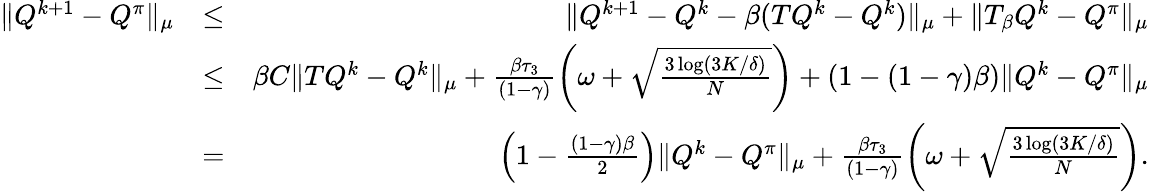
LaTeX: \begin{array}{rlr}{\| Q^{k+1}-Q^{\pi}\| _{\mu}}&{\leq}&{\| Q^{k+1}-Q^{k}-\beta(TQ^{k}-Q^{k})\| _{\mu}+\| T_{\beta}Q^{k}-Q^{\pi}\| _{\mu}}\\ &{\leq}&{\beta C\| TQ^{k}-Q^{k}\| _{\mu}+\frac{\beta\tau_{3}}{(1-\gamma)}\left(\omega+\sqrt{\frac{3\log(3K/\delta)}{N}}\right)+(1-(1-\gamma)\beta)\| Q^{k}-Q^{\pi}\| _{\mu}}\\ &{=}&{\left(1-\frac{(1-\gamma)\beta}{2}\right)\| Q^{k}-Q^{\pi}\| _{\mu}+\frac{\beta\tau_{3}}{(1-\gamma)}\left(\omega+\sqrt{\frac{3\log(3K/\delta)}{N}}\right).}\end{array}